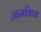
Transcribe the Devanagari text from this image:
ज्ञानविषय